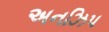
અનઝિપ